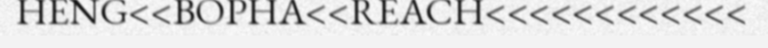
HENG<<BOPHA<<REACH<<<<<<<<<<<<